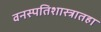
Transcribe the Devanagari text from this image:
वनस्पतिशास्त्रातहा